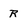
Character: R